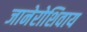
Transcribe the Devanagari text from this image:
जानेरोशिवाय